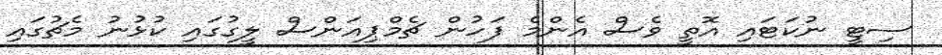
ސިޓީ ނުކަޓައި އޮތީ ވެސް އެންމެ ފަހުން ޗެމްޕިއަންސް ލީގުގައި ކުޅުނު މެޗުގައި